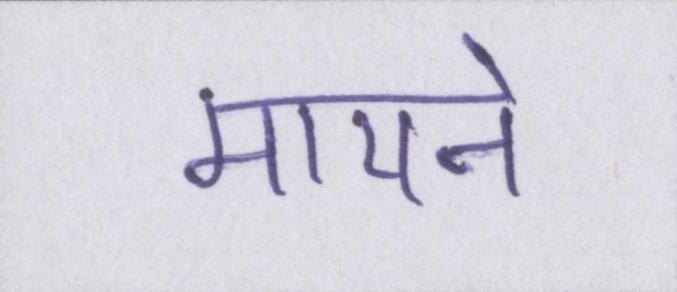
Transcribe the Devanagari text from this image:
मायने